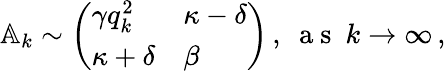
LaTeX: \begin{array}{r}{\mathbb{A}_{k}\sim\left(\begin{array}{ll}{\gamma q_{k}^{2}}&{\kappa-\delta}\\ {\kappa+\delta}&{\beta}\end{array}\right)\, ,~\mathrm{~a~s~}~k\rightarrow\infty\, ,}\end{array}